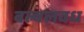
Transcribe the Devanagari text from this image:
बल्वलवध